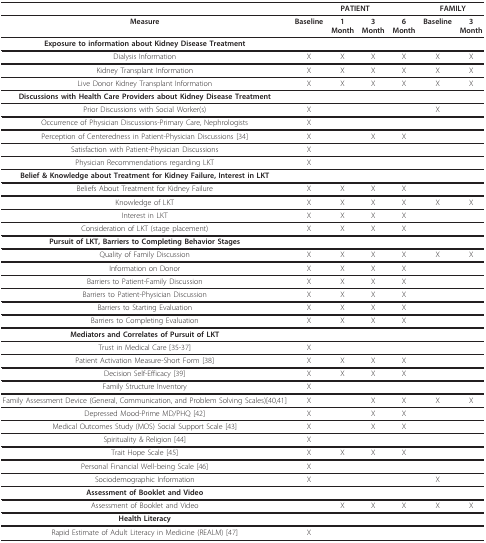
<table><thead><tr><td></td><td colspan="4"><b>PATIENT</b></td><td colspan="2"><b>FAMILY</b></td></tr></thead><tbody><tr><td><b>Measure</b></td><td><b>Baseline</b></td><td><b>1</b><b>Month</b></td><td><b>3</b><b>Month</b></td><td><b>6</b><b>Month</b></td><td><b>Baseline</b></td><td><b>3</b><b>Month</b></td></tr><tr><td><b>Exposure to information about Kidney Disease Treatment</b></td><td></td><td></td><td></td><td></td><td></td><td></td></tr><tr><td>Dialysis Information</td><td>X</td><td>X</td><td>X</td><td>X</td><td>X</td><td>X</td></tr><tr><td>Kidney Transplant Information</td><td>X</td><td>X</td><td>X</td><td>X</td><td>X</td><td>X</td></tr><tr><td>Live Donor Kidney Transplant Information</td><td>X</td><td>X</td><td>X</td><td>X</td><td>X</td><td>X</td></tr><tr><td><b>Discussions with Health Care Providers about Kidney Disease Treatment</b></td><td></td><td></td><td></td><td></td><td></td><td></td></tr><tr><td>Prior Discussions with Social Worker(s)</td><td>X</td><td></td><td></td><td></td><td>X</td><td></td></tr><tr><td>Occurrence of Physician Discussions-Primary Care, Nephrologists</td><td>X</td><td></td><td></td><td></td><td></td><td></td></tr><tr><td>Perception of Centeredness in Patient-Physician Discussions [34]</td><td>X</td><td></td><td>X</td><td>X</td><td></td><td></td></tr><tr><td>Satisfaction with Patient-Physician Discussions</td><td>X</td><td></td><td></td><td></td><td></td><td></td></tr><tr><td>Physician Recommendations regarding LKT</td><td>X</td><td></td><td></td><td></td><td></td><td></td></tr><tr><td><b>Belief &amp; Knowledge about Treatment for Kidney Failure, Interest in LKT</b></td><td></td><td></td><td></td><td></td><td></td><td></td></tr><tr><td>Beliefs About Treatment for Kidney Failure</td><td>X</td><td>X</td><td>X</td><td>X</td><td></td><td></td></tr><tr><td>Knowledge of LKT</td><td>X</td><td>X</td><td>X</td><td>X</td><td>X</td><td>X</td></tr><tr><td>Interest in LKT</td><td>X</td><td>X</td><td>X</td><td>X</td><td></td><td></td></tr><tr><td>Consideration of LKT (stage placement)</td><td>X</td><td>X</td><td>X</td><td>X</td><td></td><td></td></tr><tr><td><b>Pursuit of LKT, Barriers to Completing Behavior Stages</b></td><td></td><td></td><td></td><td></td><td></td><td></td></tr><tr><td>Quality of Family Discussion</td><td>X</td><td>X</td><td>X</td><td>X</td><td>X</td><td>X</td></tr><tr><td>Information on Donor</td><td>X</td><td>X</td><td>X</td><td>X</td><td></td><td></td></tr><tr><td>Barriers to Patient-Family Discussion</td><td>X</td><td>X</td><td>X</td><td>X</td><td></td><td></td></tr><tr><td>Barriers to Patient-Physician Discussion</td><td>X</td><td>X</td><td>X</td><td>X</td><td></td><td></td></tr><tr><td>Barriers to Starting Evaluation</td><td>X</td><td>X</td><td>X</td><td>X</td><td></td><td></td></tr><tr><td>Barriers to Completing Evaluation</td><td>X</td><td>X</td><td>X</td><td>X</td><td></td><td></td></tr><tr><td><b>Mediators and Correlates of Pursuit of LKT</b></td><td></td><td></td><td></td><td></td><td></td><td></td></tr><tr><td>Trust in Medical Care [35-37]</td><td>X</td><td></td><td></td><td></td><td></td><td></td></tr><tr><td>Patient Activation Measure-Short Form [38]</td><td>X</td><td>X</td><td>X</td><td>X</td><td></td><td></td></tr><tr><td>Decision Self-Efficacy [39]</td><td>X</td><td>X</td><td>X</td><td>X</td><td></td><td></td></tr><tr><td>Family Structure Inventory</td><td>X</td><td></td><td></td><td></td><td></td><td></td></tr><tr><td>Family Assessment Device (General, Communication, and Problem Solving Scales)[40,41]</td><td>X</td><td></td><td>X</td><td>X</td><td>X</td><td>X</td></tr><tr><td>Depressed Mood-Prime MD/PHQ [42]</td><td>X</td><td></td><td>X</td><td>X</td><td></td><td></td></tr><tr><td>Medical Outcomes Study (MOS) Social Support Scale [43]</td><td>X</td><td></td><td>X</td><td>X</td><td></td><td></td></tr><tr><td>Spirituality &amp; Religion [44]</td><td>X</td><td></td><td></td><td></td><td></td><td></td></tr><tr><td>Trait Hope Scale [45]</td><td>X</td><td>X</td><td>X</td><td>X</td><td></td><td></td></tr><tr><td>Personal Financial Well-being Scale [46]</td><td>X</td><td></td><td></td><td></td><td></td><td></td></tr><tr><td>Sociodemographic Information</td><td>X</td><td></td><td></td><td></td><td>X</td><td></td></tr><tr><td><b>Assessment of Booklet and Video</b></td><td></td><td></td><td></td><td></td><td></td><td></td></tr><tr><td>Assessment of Booklet and Video</td><td></td><td>X</td><td>X</td><td>X</td><td>X</td><td>X</td></tr><tr><td><b>Health Literacy</b></td><td></td><td></td><td></td><td></td><td></td><td></td></tr><tr><td>Rapid Estimate of Adult Literacy in Medicine (REALM) [47]</td><td>X</td><td></td><td></td><td></td><td></td><td></td></tr></tbody></table>